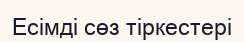
Есімді сөз тіркестері